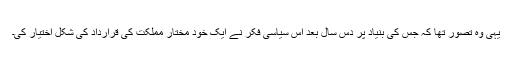
یہی وہ تصور تھا کہ جس کی بنیاد پر دس سال بعد اس سیاسی فکر نے ایک خود مختار مملکت کی قرارداد کی شکل اختیار کی۔